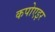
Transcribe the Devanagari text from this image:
कपोएइर